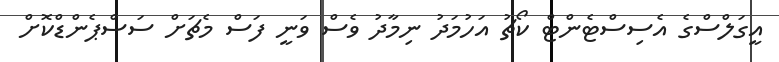
އީގަލްސްގެ އެސިސްޓެންޓް ކޯޗު އަހުމަދު ނިމާދު ވެސް ވަނީ ފަސް މެޗަށް ސަސްޕެންޑްކޮށް